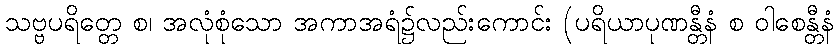
သဗ္ဗပရိတ္တေ စ၊ အလုံစုံသော အကာအရံ၌လည်းကောင်း (ပရိယာပုဏန္တီနံ စ ဝါစေန္တီနံ